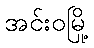
အင်းဝမြို့